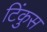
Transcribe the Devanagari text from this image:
टिंकुस